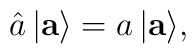
\hat a\,|{\bf a}\rangle = a\,|{\bf a}\rangle,